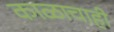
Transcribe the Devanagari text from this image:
काळाचाही